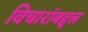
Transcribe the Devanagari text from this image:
विचारांबद्दल